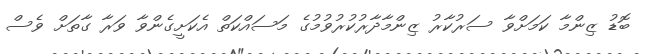
ބޮޑު ޒިންމާ ކަމަށްވާ ސަރުކާރު ޒިންމާދާރުކުރުވުމުގެ މަސައްކަތް އެކަށީގެންވާ ވަރާ ގާތަށް ވެސް